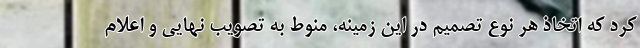
کرد که اتخاذ هر نوع تصمیم در این زمینه، منوط به تصویب نهایی و اعلام